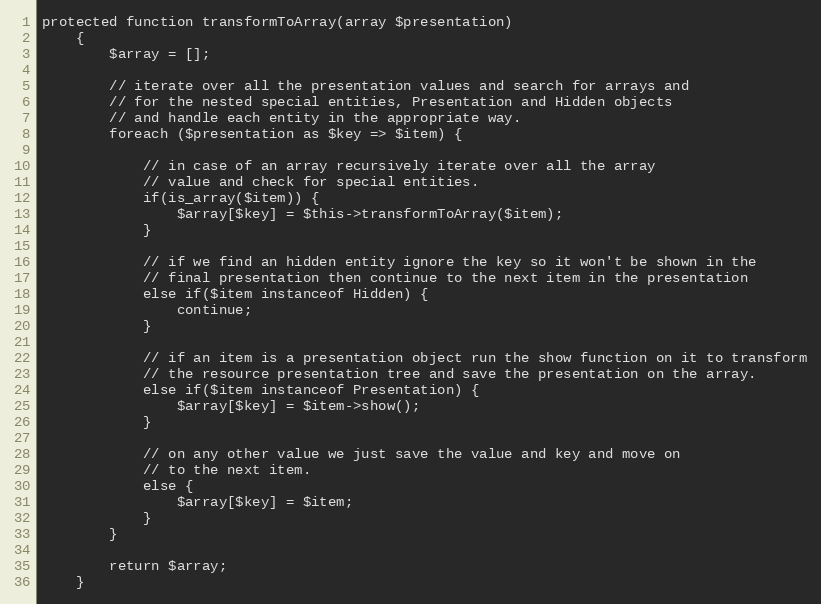
Language: PHP
protected function transformToArray(array $presentation)
    {
        $array = [];

        // iterate over all the presentation values and search for arrays and
        // for the nested special entities, Presentation and Hidden objects
        // and handle each entity in the appropriate way.
        foreach ($presentation as $key => $item) {

            // in case of an array recursively iterate over all the array
            // value and check for special entities.
            if(is_array($item)) {
                $array[$key] = $this->transformToArray($item);
            }

            // if we find an hidden entity ignore the key so it won't be shown in the
            // final presentation then continue to the next item in the presentation
            else if($item instanceof Hidden) {
                continue;
            }

            // if an item is a presentation object run the show function on it to transform
            // the resource presentation tree and save the presentation on the array.
            else if($item instanceof Presentation) {
                $array[$key] = $item->show();
            }

            // on any other value we just save the value and key and move on
            // to the next item.
            else {
                $array[$key] = $item;
            }
        }

        return $array;
    }